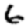
Digit: 6